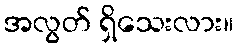
အလွတ် ရှိသေးလား။